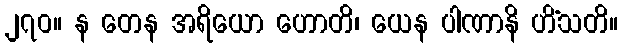
၂၇၀။ န တေန အရိယော ဟောတိ၊ ယေန ပါဏာနိ ဟိံသတိ။